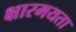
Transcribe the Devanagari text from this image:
क्षारमयता